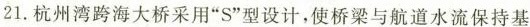
21. 杭州湾跨海大桥采用“S”型设计，使桥梁与航道水流保持基